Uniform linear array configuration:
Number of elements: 4
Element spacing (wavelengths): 0.75
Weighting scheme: binomial
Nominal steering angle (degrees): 30
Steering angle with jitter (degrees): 31.512
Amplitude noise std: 0.05
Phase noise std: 0.05

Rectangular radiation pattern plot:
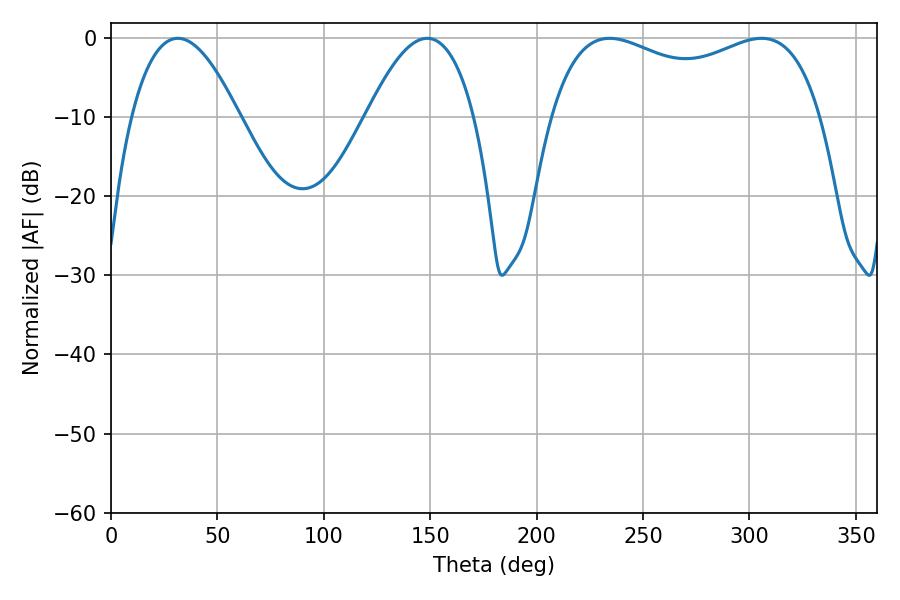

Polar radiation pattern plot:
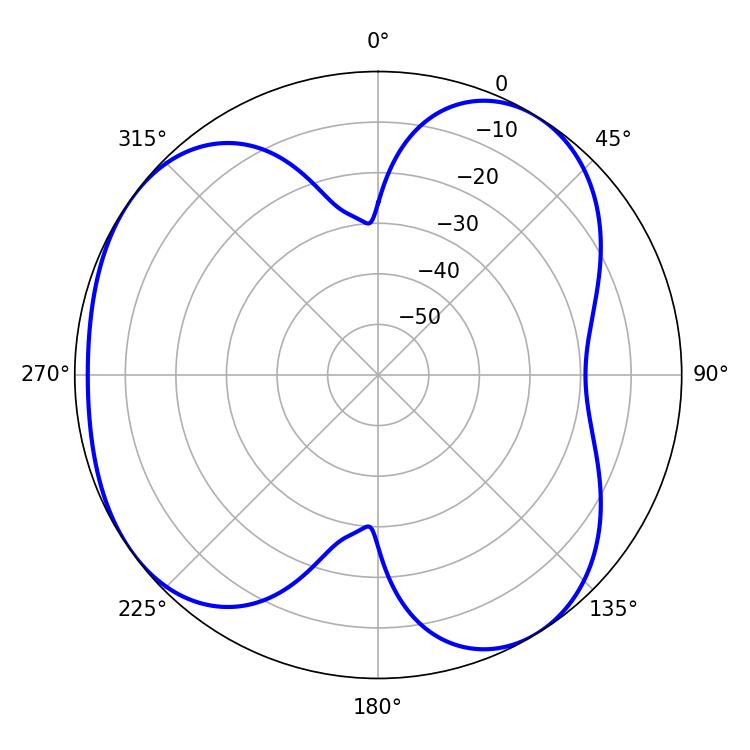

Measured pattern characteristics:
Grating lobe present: TRUE
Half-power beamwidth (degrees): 104.76
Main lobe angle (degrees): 234.36